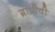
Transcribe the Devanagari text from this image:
ग्रांप्रीची